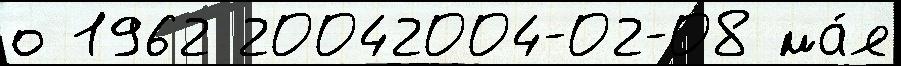
о 1962 20042004-02-08 ма́я